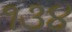
૧૩૪